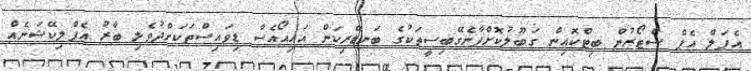
އެޕަލް އެޕް ސްޓޯރުން ބިޓްކޮއިން ގަބޫލުކޮށްފާނެގޭބިސީތަކުގެ ބަނޑޭރިކަން އައިއޯއެސް ޑިވައިސްތަކަށްދުވެލި ބާރު އެޕްލިކޭޝަނެއް